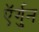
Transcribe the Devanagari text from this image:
ऍर्गुन